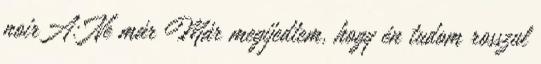
noirA: Ne már Már megijedtem, hogy én tudom rosszul